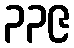
၃၃၉